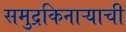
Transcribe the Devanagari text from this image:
समुद्रकिनाऱ्याची